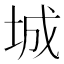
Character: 城